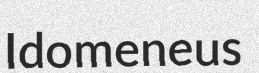
Idomeneus